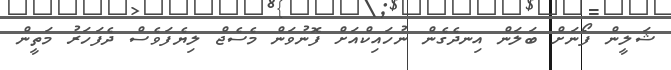
ޝަލީން ފޯނަށް ބަލަން އިނދެގެން ނުހައިކްއަށް ފޮނުވަން މެސެޖް ލިޔެފަވެސް ދެފަހަރު މަތީން